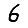
Digit: 6